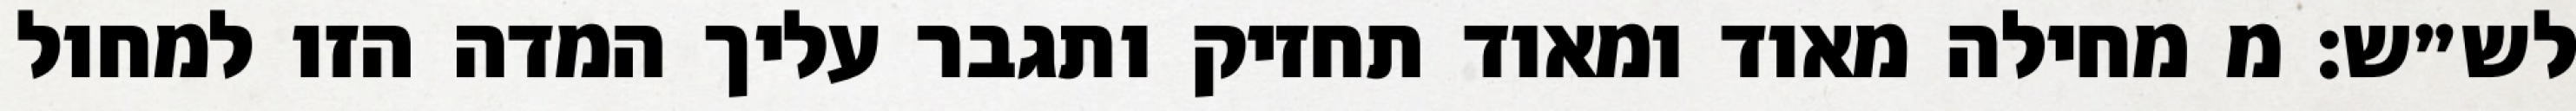
לש״ש: מ מחילה מאוד ומאוד תחזיק ותגבר עליך המדה הזו למחול